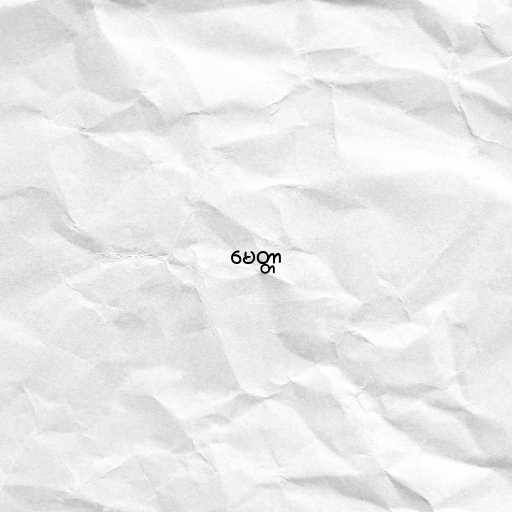
မေတ္တာ